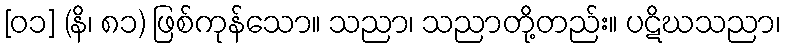
[၀၁] (နိ၊ ၈၁) ဖြစ်ကုန်သော။ သညာ၊ သညာတို့တည်း။ ပဋိဃသညာ၊